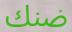
ضنك